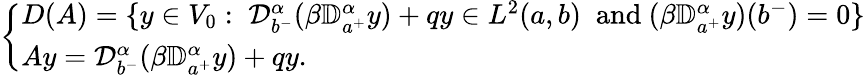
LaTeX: \left\{ \begin{array}{ll}{D(A)=\{ y\in V_{0}:\; {\mathcal D}_{b^{-}}^{\alpha}(\beta{\mathbb D}_{a^{+}}^{\alpha}y)+qy\in L^{2}(a,b)\; \mathrm{~and~}(\beta{\mathbb D}_{a^{+}}^{\alpha}y)(b^{-})=0\} }\\ {Ay={\mathcal D}_{b^{-}}^{\alpha}(\beta{\mathbb D}_{a^{+}}^{\alpha}y)+qy.}\end{array}\right.